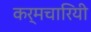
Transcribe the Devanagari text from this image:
कर्मचारियी